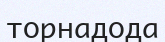
торнадода